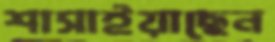
শাসাইয়াছেন